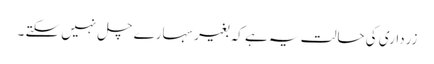
زرداری کی حالت یہ ہے کہ بغیر سہارے چل نہیں سکتے ۔